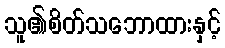
သူ၏စိတ်သဘောထားနှင့်